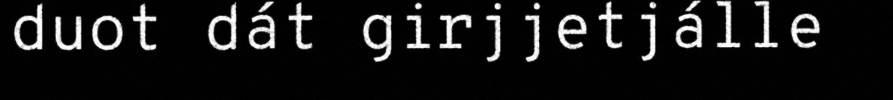
duot dát girjjetjálle